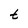
Character: t